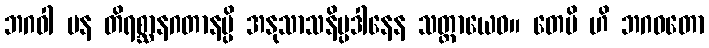
ဘဂဝါ ပန တိရစ္ဆာနဂတာနမ္ပိ အနုသာသနိပ္ပဒါနေန သတ္ထာယေဝ။ တေပိ ဟိ ဘဂဝတော